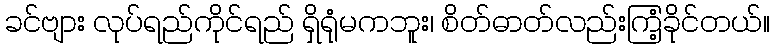
ခင်ဗျား လုပ်ရည်ကိုင်ရည် ရှိရုံမကဘူး၊ စိတ်ဓာတ်လည်းကြံ့ခိုင်တယ်။